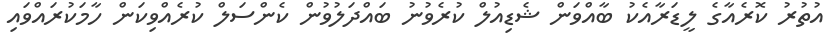
އުތުރު ކޮރެއާގެ ލީޑަރާއެކު ބާއްވަން ޝެޑިއުލް ކުރެވުނު ބައްދަލުވުން ކެންސަލް ކުރެއްވިކަން ހާމަކުރައްވައި